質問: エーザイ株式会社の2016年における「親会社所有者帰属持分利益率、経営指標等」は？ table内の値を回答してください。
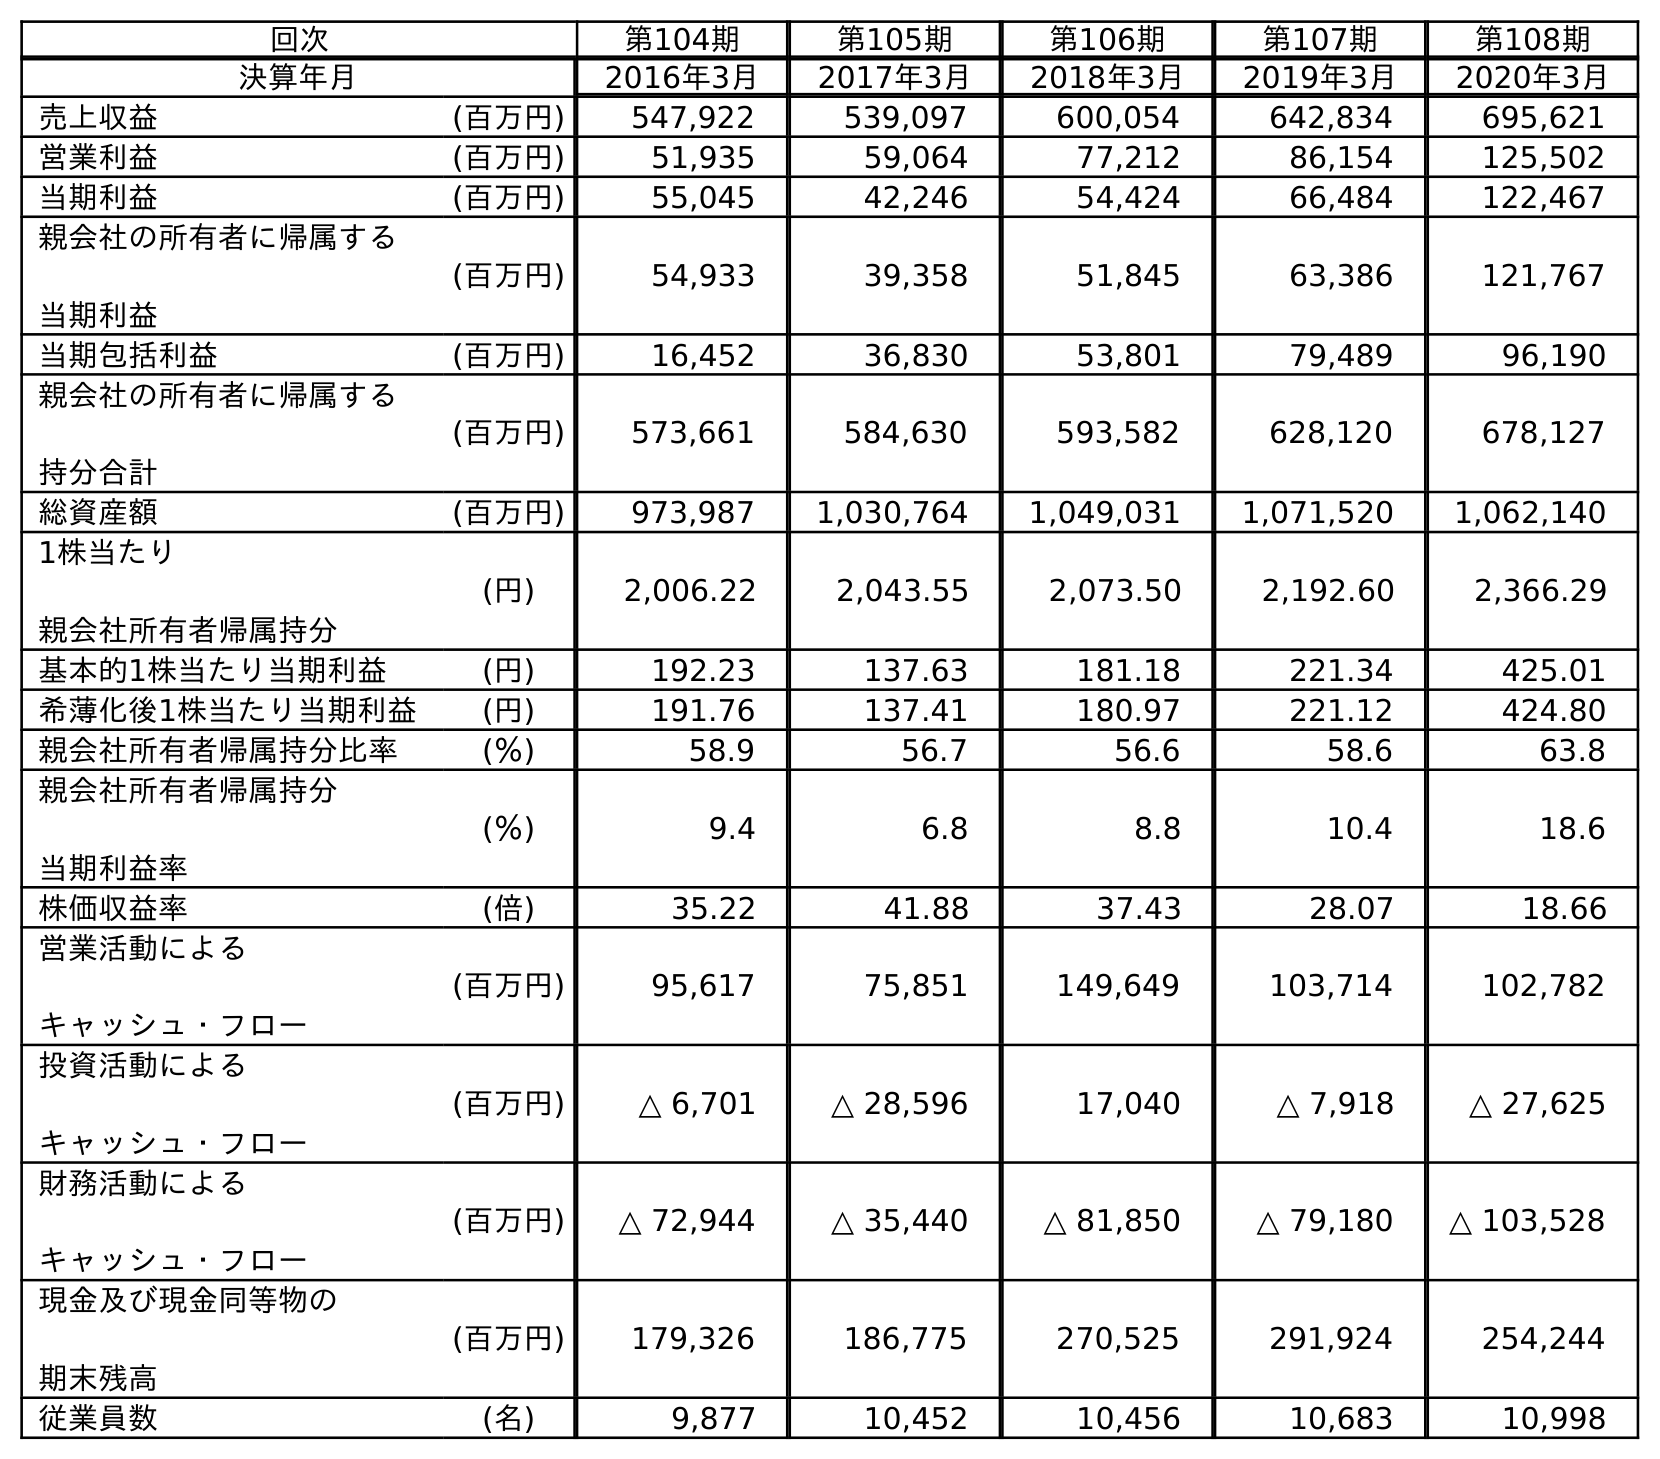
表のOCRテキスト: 回次 第104期 第105期 第106期 第107期 第108期 決算年月 2016年3月 2017年3月 2018年3月 2019年3月 2020年3月 売上収益 (百万円) 547,922 539,097 600,054 642,834 695,621 営業利益 (百万円) 51,935 59,064 77,212 86,154 125,502 当期利益 (百万円) 55,045 42,246 54,424 66,484 122,467 親会社の所有者に帰属する 当期利益 (百万円) 54,933 39,358 51,845 63,386 121,767 当期包括利益 (百万円) 16,452 36,830 53,801 79,489 96,190 親会社の所有者に帰属する 持分合計 (百万円) 573,661 584,630 593,582 628,120 678,127 総資産額 (百万円) 973,987 1,030,764 1,049,031 1,071,520 1,062,140 1株当たり 親会社所有者帰属持分 (円) 2,006.22 2,043.55 2,073.50 2,192.60 2,366.29 基本的1株当たり当期利益 (円) 192.23 137.63 181.18 221.34 425.01 希薄化後1株当たり当期利益 (円) 191.76 137.41 180.97 221.12 424.80 親会社所有者帰属持分比率 (％) 58.9 56.7 56.6 58.6 63.8 親会社所有者帰属持分 当期利益率 (％) 9.4 6.8 8.8 10.4 18.6 株価収益率 (倍) 35.22 41.88 37.43 28.07 18.66 営業活動による キャッシュ・フロー (百万円) 95,617 75,851 149,649 103,714 102,782 投資活動による キャッシュ・フロー (百万円) △ 6,701 △ 28,596 17,040 △ 7,918 △ 27,625 財務活動による キャッシュ・フロー (百万円) △ 72,944 △ 35,440 △ 81,850 △ 79,180 △ 103,528 現金及び現金同等物の 期末残高 (百万円) 179,326 186,775 270,525 291,924 254,244 従業員数 (名) 9,877 10,452 10,456 10,683 10,998
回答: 9.4